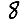
Digit: 8